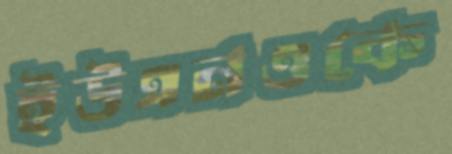
ইউএনওকে